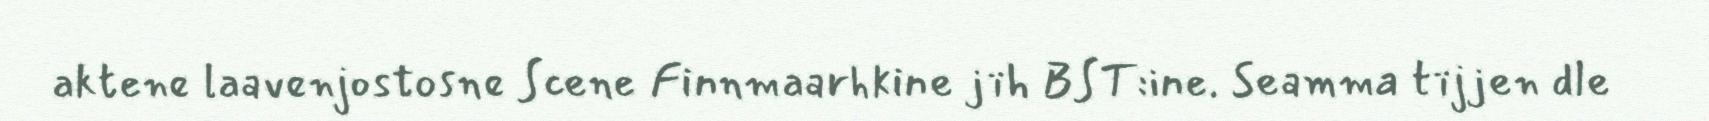
aktene laavenjostosne Scene Finnmaarhkine jïh BST:ine. Seamma tïjjen dle